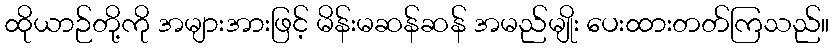
ထိုယာဉ်တို့ကို အများအားဖြင့် မိန်းမဆန်ဆန် အမည်မျိုး ပေးထားတတ်ကြသည်။